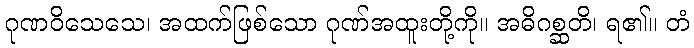
ဂုဏဝိသေသေ၊ အထက်ဖြစ်သော ဂုဏ်အထူးတို့ကို။ အဓိဂစ္ဆတိ၊ ရ၏။ တံ